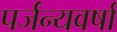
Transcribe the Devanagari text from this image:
पर्जन्यवर्षा